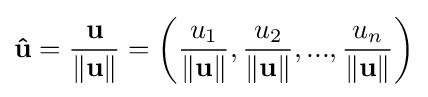
\mathbf {\hat {u}} ={\frac {\mathbf {u} }{\|\mathbf {u} \|}}=\left({\frac {u_{1}}{\|\mathbf {u} \|}},{\frac {u_{2}}{\|\mathbf {u} \|}},...,{\frac {u_{n}}{\|\mathbf {u} \|}}\right)